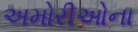
અમોરીઓના